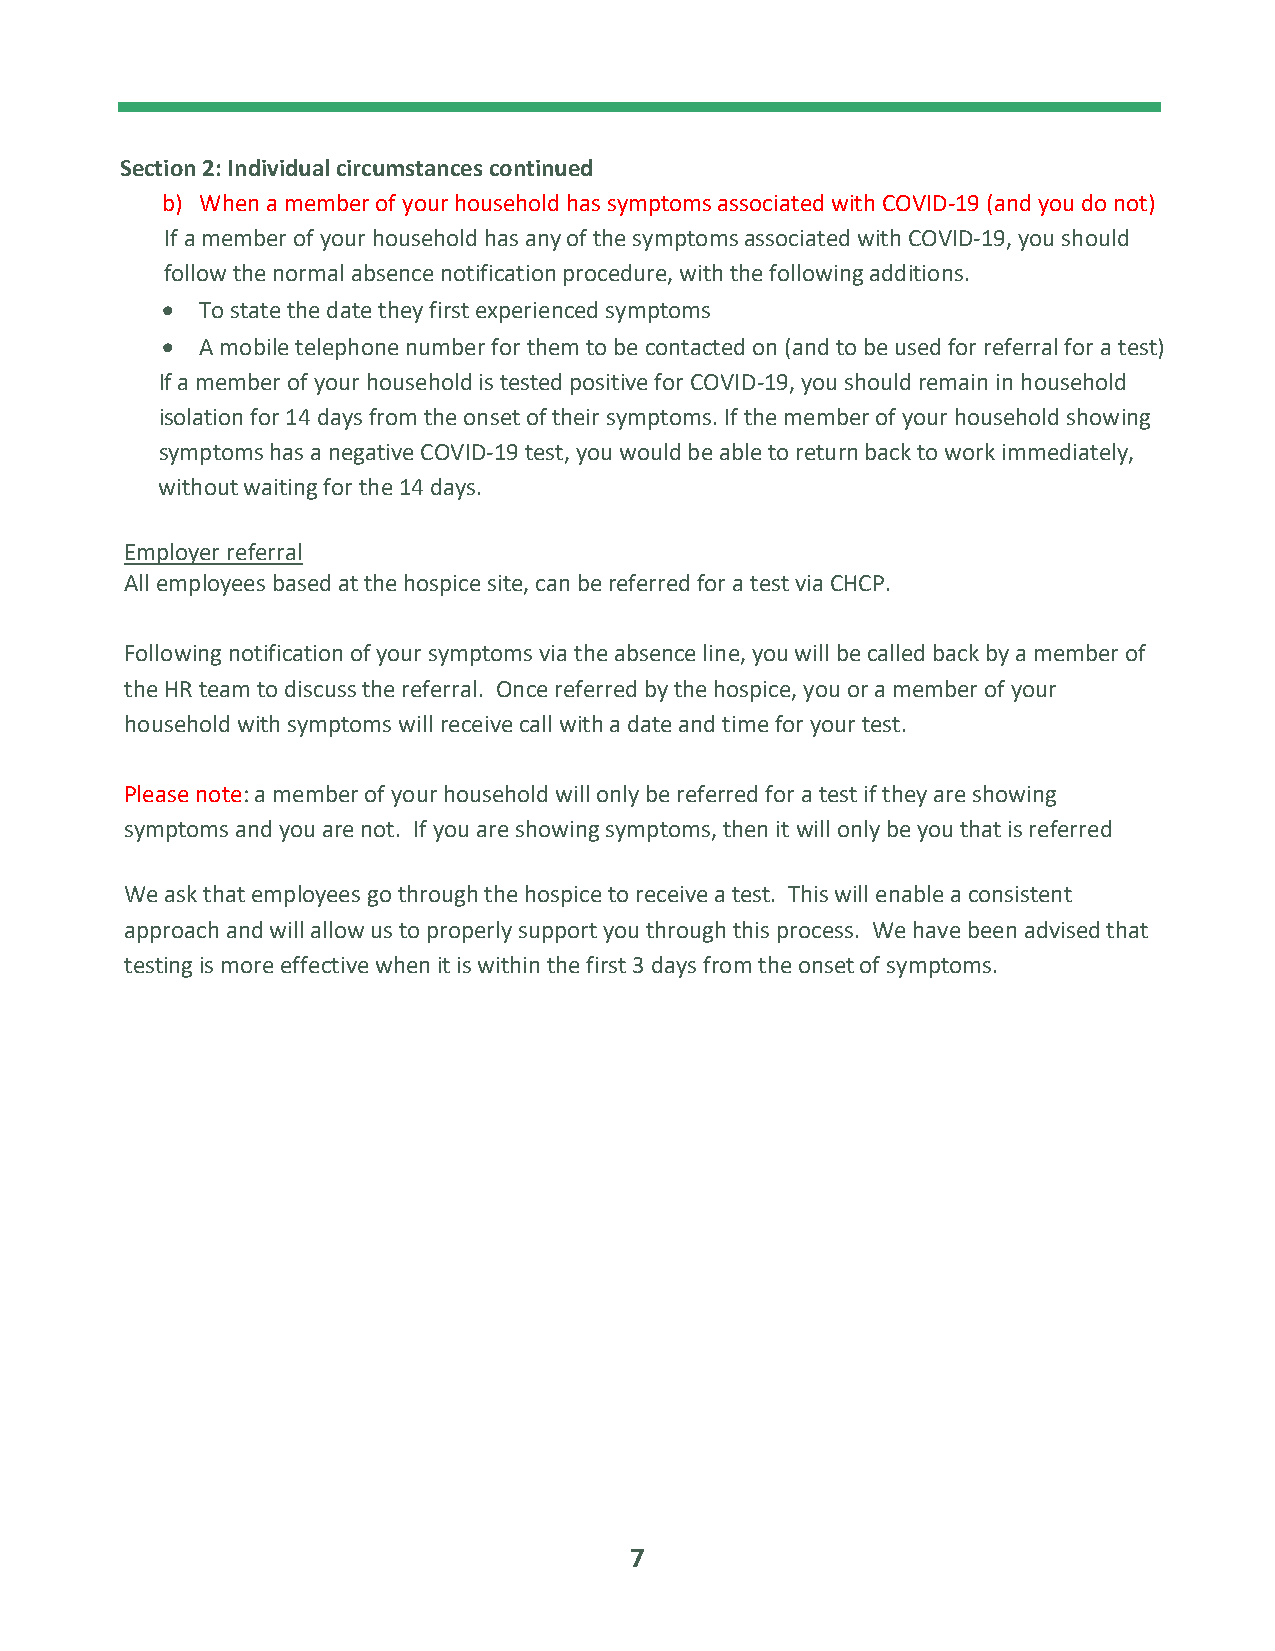
Section 2: Individual circumstances continued
 b) When a member of your household has symptoms associated with COVID-19 (and you do not)
 If a member of your household has any of the symptoms associated with COVID-19, you should
 follow the normal absence notification procedure, with the following additions.
 • To state the date they first experienced symptoms
 • A mobile telephone number for them to be contacted on (and to be used for referral for a test)
 If a member of your household is tested positive for COVID-19, you should remain in household
 isolation for 14 days from the onset of their symptoms. If the member of your household showing
 symptoms has a negative COVID-19 test, you would be able to return back to work immediately,
 without waiting for the 14 days.
 Employer referral
 All employees based at the hospice site, can be referred for a test via CHCP.
 Following notification of your symptoms via the absence line, you will be called back by a member of
 the HR team to discuss the referral. Once referred by the hospice, you or a member of your
 household with symptoms will receive call with a date and time for your test.
 Please note: a member of your household will only be referred for a test if they are showing
 symptoms and you are not. If you are showing symptoms, then it will only be you that is referred
 We ask that employees go through the hospice to receive a test. This will enable a consistent
 approach and will allow us to properly support you through this process. We have been advised that
 testing is more effective when it is within the first 3 days from the onset of symptoms.
 7